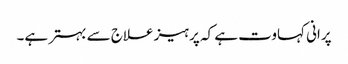
پرانی کہاوت ہے کہ پرہیز علاج سے بہتر ہے۔